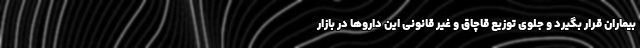
بیماران قرار بگیرد و جلوی توزیع قاچاق و غیر قانونی این داروها در بازار